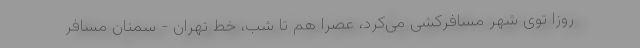
روزا توی شهر مسافرکشی می‌کرد، عصرا هم تا شب، خط تهران - سمنان مسافر